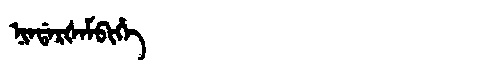
Manchu: ᠨᡳᠨᡩᠠᡵᡧᠠᠮᠪᡳᡥᡝ
Romanization: NINDARŠAMBIHE